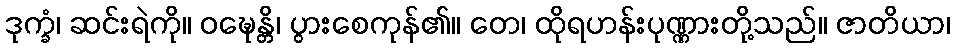
ဒုက္ခံ၊ ဆင်းရဲကို။ ဝဍ္ဎေန္တိ၊ ပွားစေကုန်၏။ တေ၊ ထိုရဟန်းပုဏ္ဏားတို့သည်။ ဇာတိယာ၊